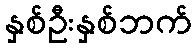
နှစ်ဦးနှစ်ဘက်